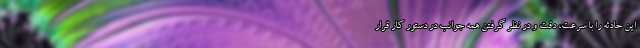
این حادثه را با سرعت، دقت و در نظر گرفتن همه جوانب در دستور کار قرار